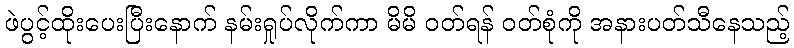
ဖဲပွင့်ထိုးပေးပြီးနောက် နမ်းရှုပ်လိုက်ကာ မိမိ ဝတ်ရန် ဝတ်စုံကို အနားပတ်သီနေသည့်